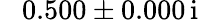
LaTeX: \hphantom{-}0.500\pm 0.000\, \mathrm{i}